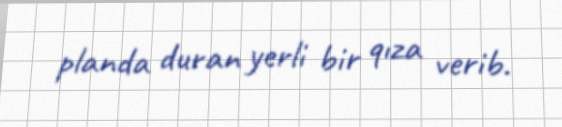
planda duran yerli bir qıza verib.